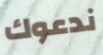
ندعوك